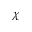
\chi